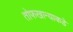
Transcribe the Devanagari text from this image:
तोफखान्याकडे